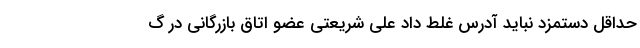
حداقل دستمزد نباید آدرس غلط داد علی شریعتی عضو اتاق بازرگانی در گ